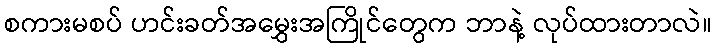
စကားမစပ် ဟင်းခတ်အမွှေးအကြိုင်တွေက ဘာနဲ့ လုပ်ထားတာလဲ။